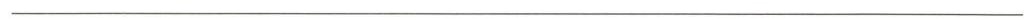
___